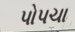
પોપચા